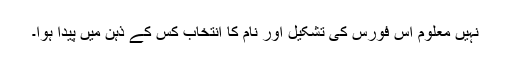
نہیں معلوم اس فورس کی تشکیل اور نام کا انتخاب کس کے ذہن میں پیدا ہوا۔